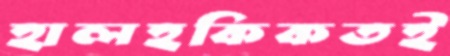
হালহকিকতই